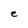
Character: e